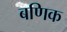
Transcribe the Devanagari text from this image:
बणिक